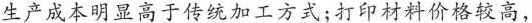
生产成本明显高于传统加工方式;打印材料价格较高